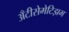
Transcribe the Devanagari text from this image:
अँटीसेमेटिझम